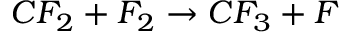
C F _ { 2 } + F _ { 2 } \rightarrow C F _ { 3 } + F